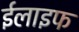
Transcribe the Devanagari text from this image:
ईलाइफ